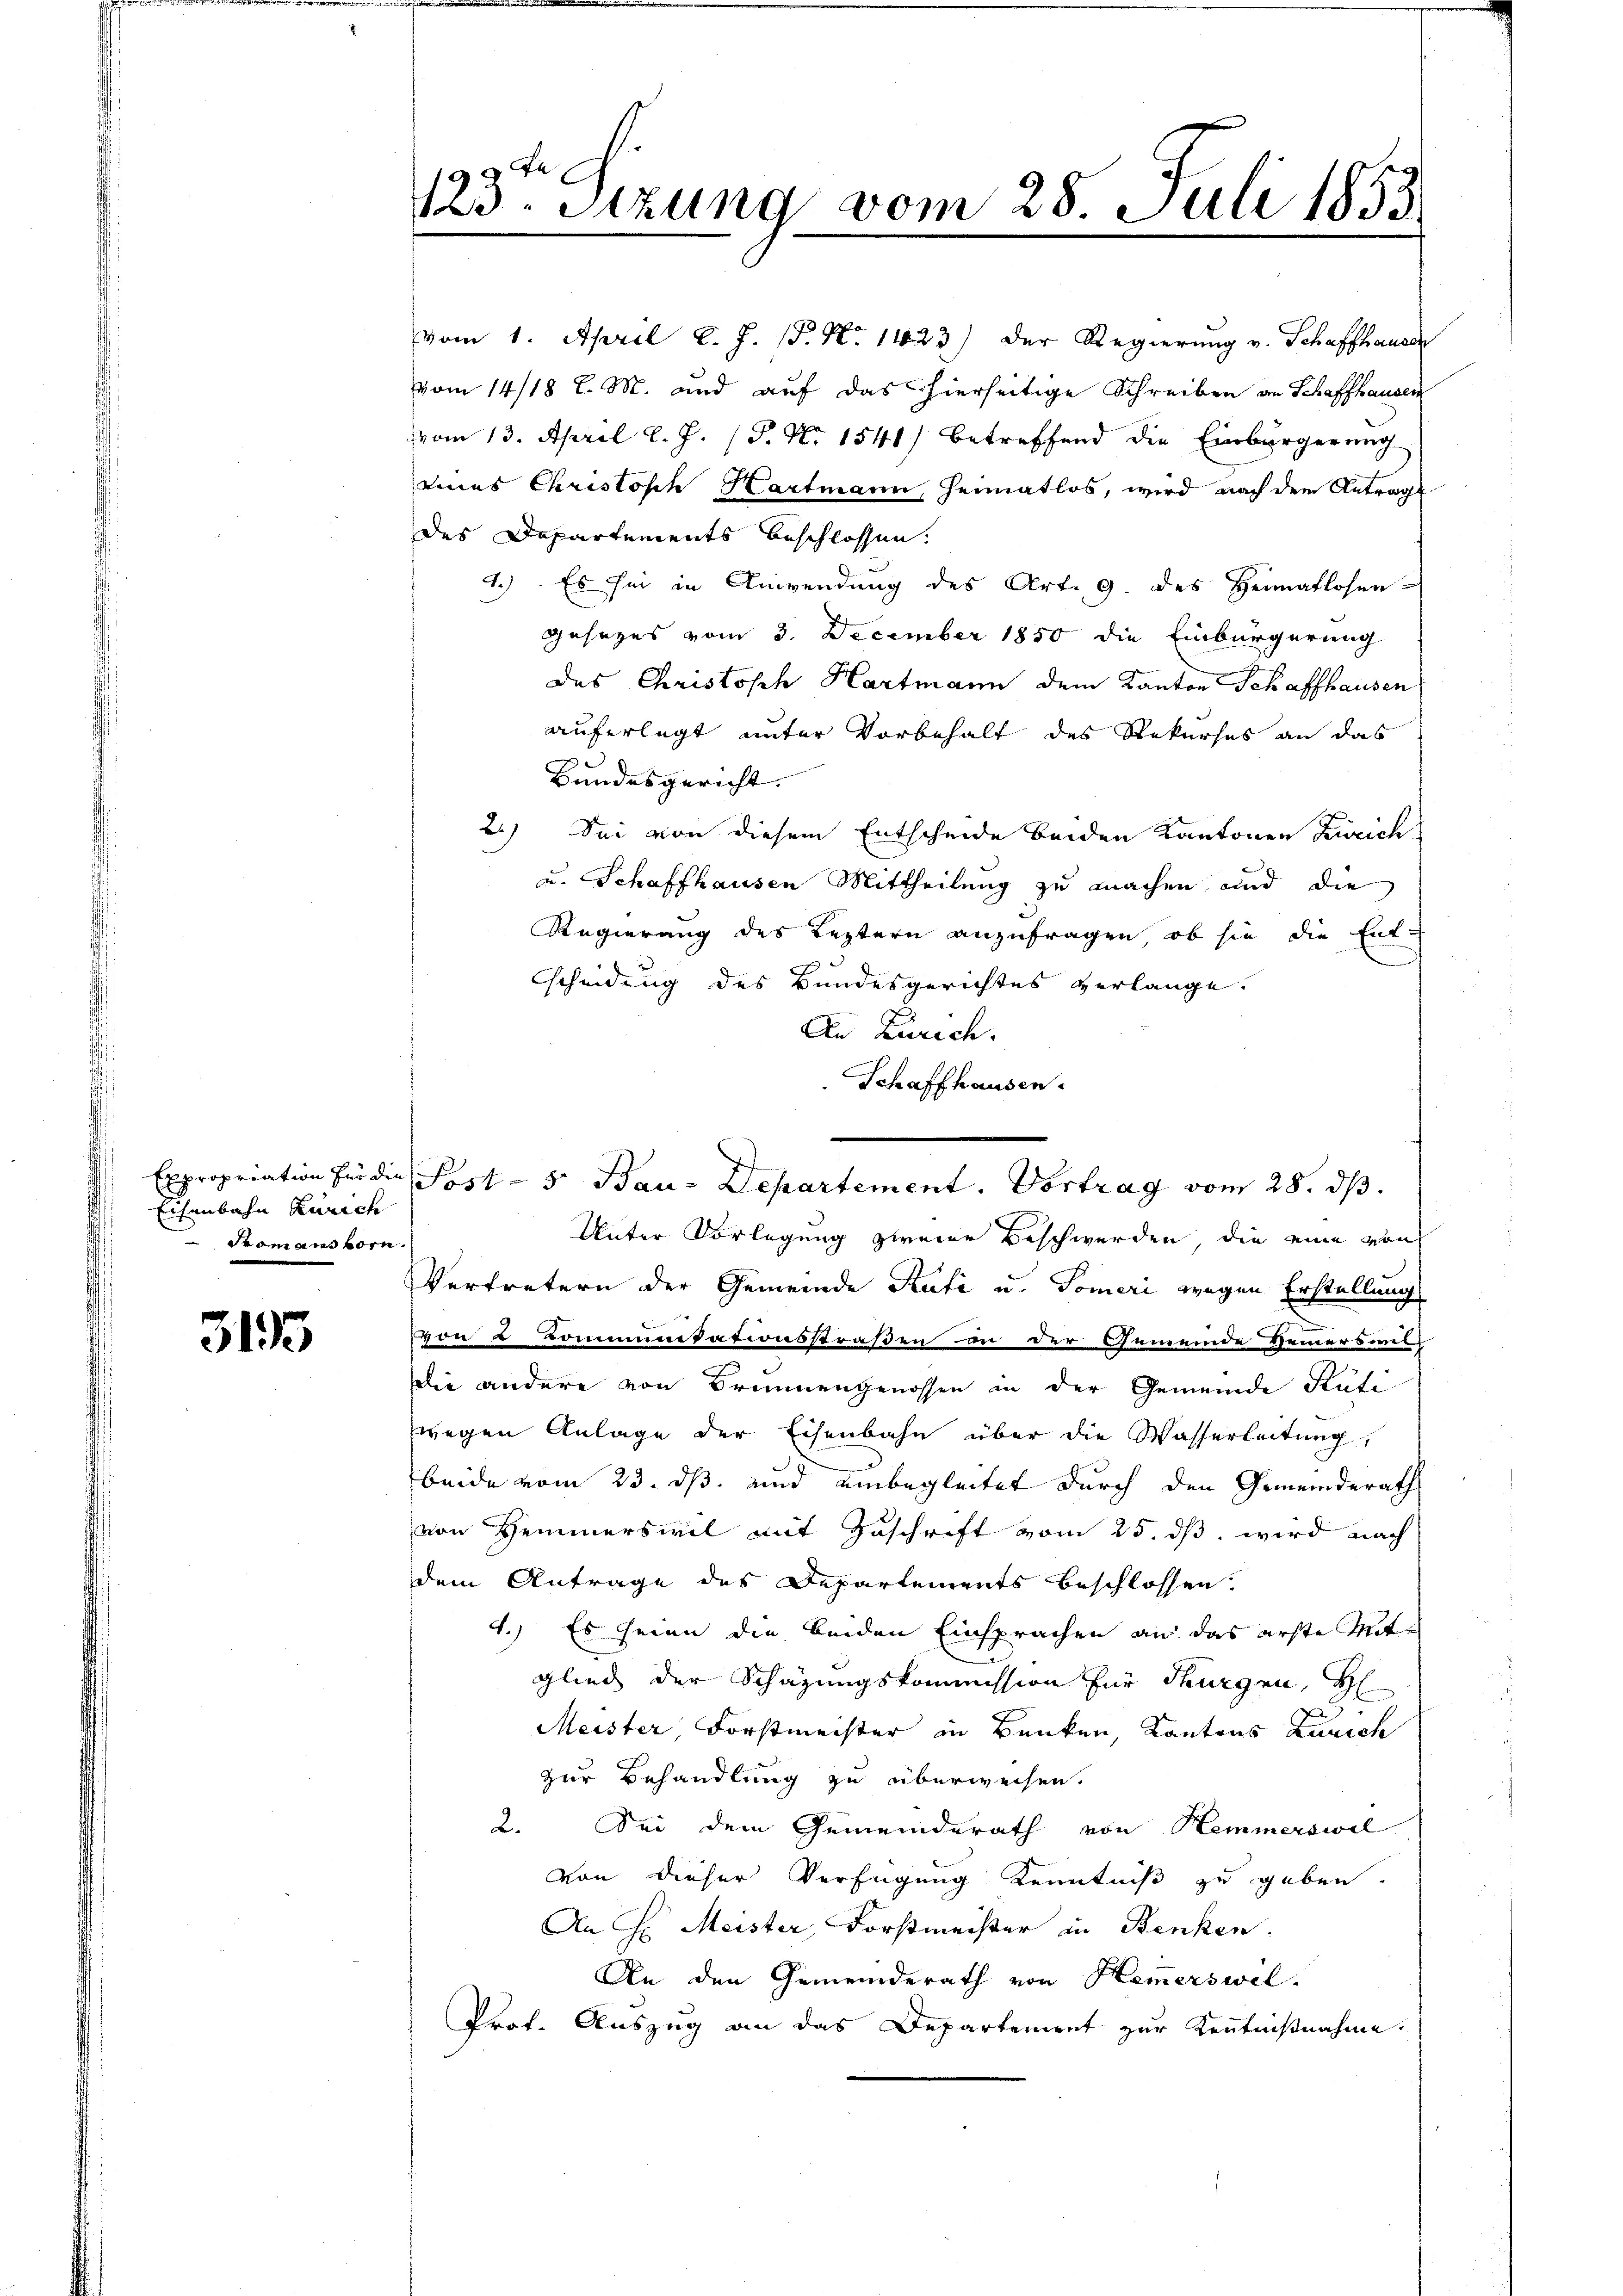
Eisenbahn Zürich
dromans vor.

3195

123. Sitzung vom 28. Juli 1853

vom 1. April d. J. 1. No. 1423) der Regierung v. Schaffhauser
vom 14/18 l. M. und auf das hierseitige Schreiben an Schaffhausen
vom 13. April l. J. P. Nr. 1541) betreffend die Einbürgerung
reies Christoph Hartmann, Heimatlos, wird nach dem Antrage
des Departements beschlossen.
1.) Es sei in Anwendung des Art. 9. des Heimatlosen-
gesezes vom 3. December 1850 die Einbürgerung
des Christisch Hartmann dem Kanton Schaffhausen
auferlegt unter Vorbehalt des Rekurses an das
Bundesgericht. |
2.) Sei von diesem Entscheide beiden Kantonen Zürich
u. Schaffhausen Mittheilung zu machen und die
Regierung des Leztern anzufragen, ob sie die Ent-
scheidung des Bundesgerichtes verlange.
An Zürich.
Schaffhausen.
Unter Vorlegung zweier Beschwerden, die eine von
Vertretern der Gemeinde Kati u. Tomeri wegen Erstellung
von 2 Kommunisationsstraßen an der Gemeinde Seiners weldie andere von Brunnengenossen in der Gemeinde Rüti
wegen Anlage der Eisenbahn über die Wasserleitung,
beide vom 23. ds. und einbegleitet durch den Gemeinderath
von Hemmerswil mit Zuschrift vom 25. dß wird nach
dem Antrage des Departements beschlossen.
4.) Es seien die beiden Einsprachen an das erste Mitglied der Schazungskommission für Thurgen, H
Meister, Forstmeister in Benken, Kantons Zürich
zur Behandlung zu überweisen.
2. Sei dem Gemeinderath von Hemmerswil
Von dieser Verfügung Kenntniß zu geben.
An H. Meister, Forstmeister in Benken.
An den Gemeinderath von Hemerswil.
Prof. Auszug an das Departement zur Kenntnißnahme.

Expropriation für die Soph - 5 Bau-Departement. Vortrag vom 28. ds.